Indian journal of veterinary science and animal husbandry - Volume 8,
Year: 1938
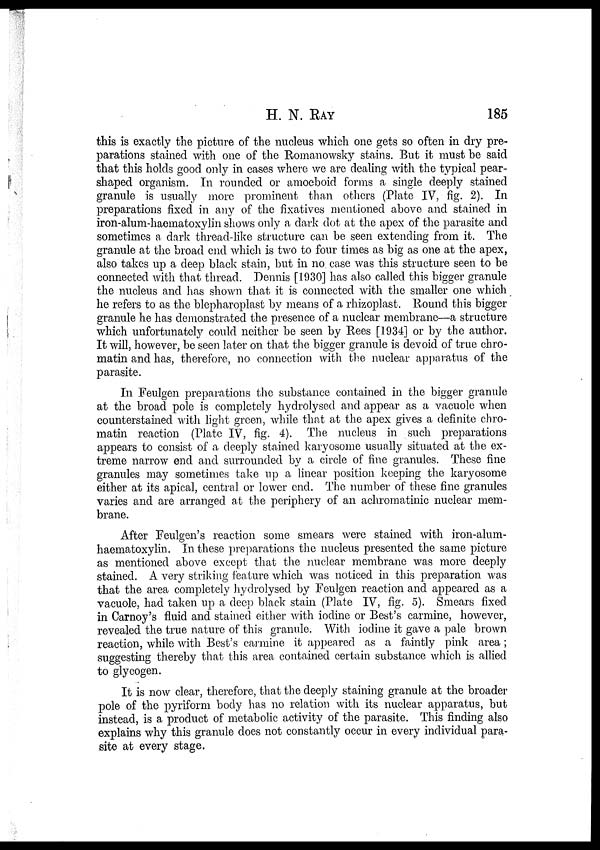
H. N.
RAY
185
this is exactly the picture of the nucleus which one gets so often in dry pre-
parations stained with one of the Romanowsky stains. But it must be said
that this holds good only in cases where we are dealing with the typical pear-
shaped organism. In rounded or amoeboid forms a single deeply stained
granule is usually more prominent than others (Plate IV, fig. 2). In
preparations fixed in any of the fixatives mentioned above and stained in
iron-alum-haematoxylin shows only a dark dot at the apex of the parasite and
sometimes a dark thread-like structure can be seen extending from it. The
granule at the broad end which is two to four times as big as one at the apex,
also takes up a deep black stain, but in no case was this structure seen to be
connected with that thread. Dennis [1930] has also called this bigger granule
the nucleus and has shown that it is connected with the smaller one which
he refers to as the blepharoplast by means of a rhizoplast. Round this bigger
granule he has demonstrated the presence of a nuclear membrane—a structure
which unfortunately could neither be seen by Rees [1934] or by the author.
It will, however, be seen later on that the bigger granule is devoid of true chro-
matin and has, therefore, no connection with the nuclear apparatus of the
parasite.
In Feulgen preparations the substance contained in the bigger granule
at the broad pole is completely hydrolysed and appear as a vacuole when
counterstained with light green, while that at the apex gives a definite chro-
matin reaction (Plate IV, fig. 4). The nucleus in such preparations
appears to consist of a deeply stained karyosome usually situated at the ex-
treme narrow end and surrounded by a circle of fine granules. These fine
granules may sometimes take up a linear position keeping the karyosome
either at its apical, central or lower end. The number of these fine granules
varies and are arranged at the periphery of an achromatinic nuclear mem-
brane.
After Feulgen's reaction some smears were stained with iron-alum¬
haematoxylin. In these preparations the nucleus presented the same picture
as mentioned above except that the nuclear membrane was more deeply
stained. A very striking feature which was noticed in this preparation was
that the area completely hydrolysed by Feulgen reaction and appeared as a
vacuole, had taken up a deep black stain (Plate IV, fig. 5). Smears fixed
in Carnoy's fluid and stained either with iodine or Best's carmine, however,
revealed the true nature of this granule. With iodine it gave a pale brown
reaction, while with Best's carmine it appeared as a faintly pink area;
suggesting thereby that this area contained certain substance which is allied
to glycogen.
It is now clear, therefore, that the deeply staining granule at the broader
pole of the pyriform body has no relation with its nuclear apparatus, but
instead, is a product of metabolic activity of the parasite. This finding also
explains why this granule does not constantly occur in every individual para-
site at every stage.